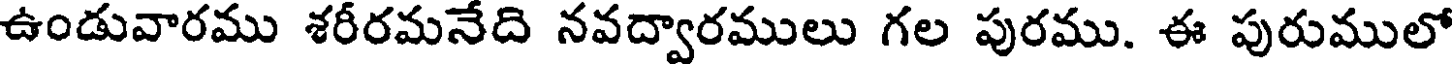
ఉండువారము శరీరమనేది నవద్వారములు గల పురము. ఈ పురుములో